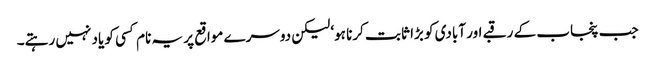
جب پنجاب کے رقبے اور آبادی کو بڑا ثابت کرنا ہو‘ لیکن دوسرے مواقع پر یہ نام کسی کو یاد نہیں رہتے۔